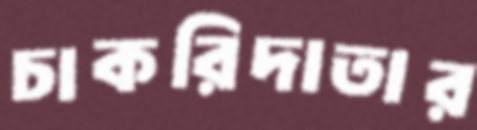
চাকরিদাতার